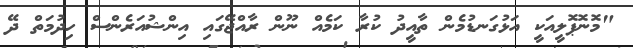
"މޮނޮޕޮލީއަކީ އަޅުގަނޑުމެން ތާއީދު ކުރާ ކަމެއް ނޫން ރާއްޖޭގައި އިންޝުއަރެންސް ހިދުމަތް ދޭ